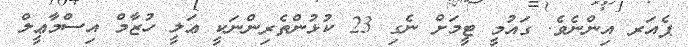
ޕެއަރ އިންނެވެ. ގައުމީ ޓީމަށް ނެގި 23 ކުޅުންތެރިންނަކީ ޢަލީ ހުޒާމް އިސްމާޢީލް